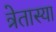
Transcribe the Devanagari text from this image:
त्रेतास्या